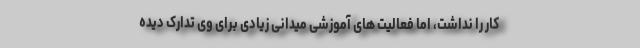
کار را نداشت، اما فعالیت های آموزشی میدانی زیادی برای وی تدارک دیده